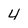
Character: 4